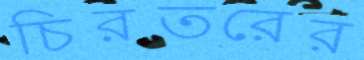
চিরতরের